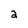
Character: 2